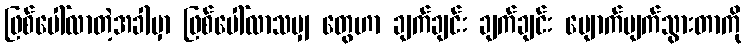
ဖြစ်ပေါ်လာတဲ့အခါမှာ ဖြစ်ပေါ်လာသမျှ တွေဟာ ချက်ချင်း ချက်ချင်း ပျောက်ပျက်သွားတာကို